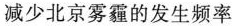
减少北京雾霾的发生频率